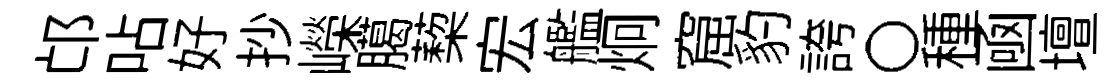
邙呫好抄嶸臈蔾宏艦炯窟豹誇〇種凾壇